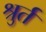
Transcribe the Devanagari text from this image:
श्रुर्त